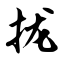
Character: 拢